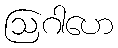
ဩဂါဟေ